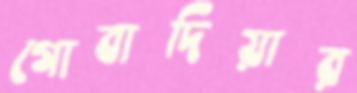
গোবাদিয়ার